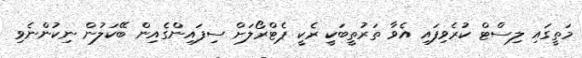
މަތީގައި ލިސްޓް ކުރެވިފައި އެވާ ތަރުތީބަކީ ރެކީ ޕެޓްރޯލަށް ސިފައިންގެއިން ބޭކަލުން ނިކުންނެވި